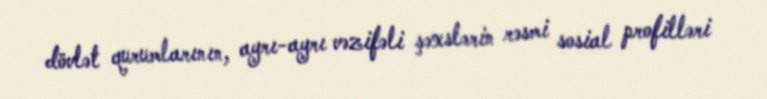
dövlət qurumlarının, ayrı-ayrı vəzifəli şəxslərin rəsmi sosial profilləri